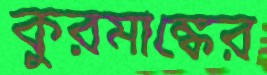
কুরমাঙ্কের